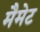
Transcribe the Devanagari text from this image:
मैमेट